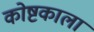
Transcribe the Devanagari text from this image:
कोष्टकाला